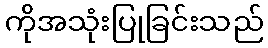
ကိုအသုံးပြုခြင်းသည်